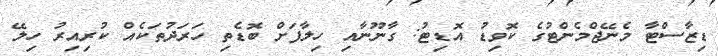
ޑިޒާސްޓާ މެނޭޖްމެންޓުގެ ކޮވިޑު އޮޑިޓު: ގާނޫނާއި ހިލާފަށް ބޮޑެތި ހަރަދުތަކެއް ކުރިއިރު ހިލޭ